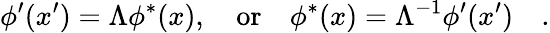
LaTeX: \phi^{\prime}(x^{\prime})=\Lambda\phi^{*}(x),\quad\mathrm{or}\quad\phi^{*}(x)=\Lambda^{-1}\phi^{\prime}(x^{\prime})\quad.